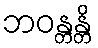
ဘဝန္တန္တိ